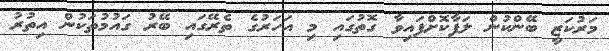
މަރުކަޒީ ބޭންކުން ލަފާކޮށްފައިވާ ގޮތުގައި މި އަހަރުގެ ތެރޭގައި ބޭރު ގައުމުތަކުން އިތުރު